Cholera in India, 1862 to 1881
Year: 1862
Disease focus: Cholera
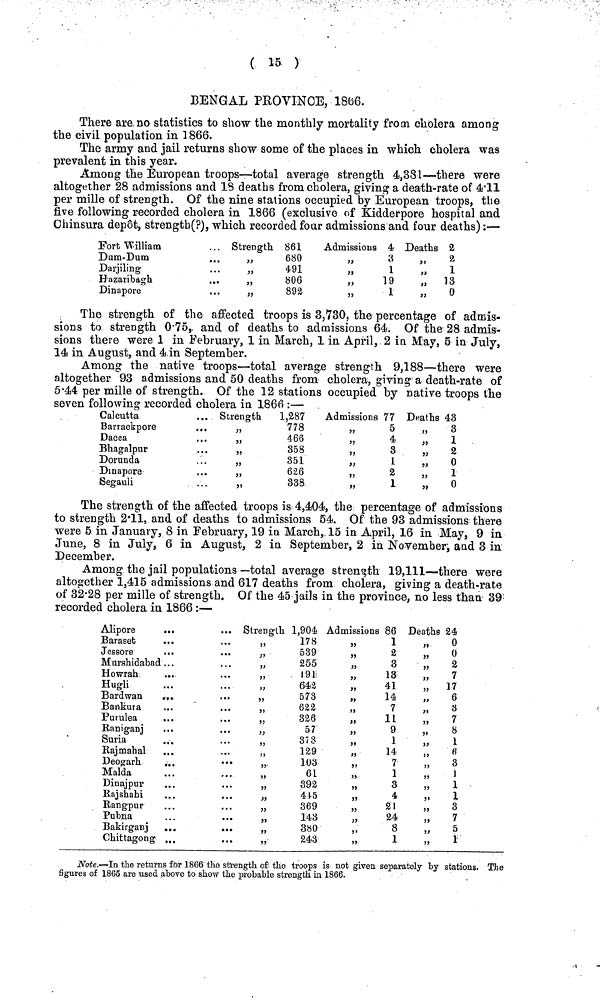
( 15 )
BENGAL PROVINCE, 1866.
There are no statistics to show the monthly mortality from cholera among
the civil population in 1866.
The army and jail returns show some of the places in which cholera was
prevalent in this year.
Among the European troops—total average strength 4,381—there were
altogether 28 admissions and 13 deaths from cholera, giving a death-rate of 4.11
per mille of strength. Of the nine stations occupied by European troops, the
five following recorded cholera in 1866 (exclusive of Kidderpore hospital and
Chinsura depot, strength(?), which recorded four admissions and four deaths) :—
Fort William
Dum-Dum
Darjiling
Hazaribagh
Dinapore
Strength 861
„
680
491
„
806
„
892
Admissions 4
3
1
19
1
Deaths 2
„
2
„
1
"
13
:
0
The strength of the affected troops is 3,730, the percentage of admis-
sions to strength 0.75, and of deaths to admissions 64. Of the 28 admis-
sions there were 1 in February, 1 in March, 1 in April, 2 in May, 5 in July,
14 in August, and 4 in September.
Among the native troops—-total average strength 9,188—there were
altogether 93 admissions and 50 deaths from cholera, giving a death-rate of
5.44 per mille of strength. Of the 12 stations occupied by native troops the
seven following recorded cholera in 1866 :—
Calcutta
Barrackpore
Dacca
Bhagalpur
Dorunda
Dinapore
Segauli
Strength
1,287
778
466
„
358
351
„
626
„
338
Admissions 77
5
4
3
1
2
1
Deaths 43
"
3
1
"
2
"
0
„ 1
" 0
The strength of the affected troops is 4,404, the percentage of admissions
to strength 2.11, and of deaths to admissions 54. Of the 93 admissions there
were 5 in January, 8 in February, 19 in March, 15 in April, 16 in May, 9 in
June, 8 in July, 6 in August, 2 in September, 2 in November, and 3 in.
December.
Among the jail populations —total average strength 19,111—there were
altogether 1,415 admissions and 617 deaths from cholera, giving a death-rate
of 32·28 per mille of strength. Of the 45 jails in the province, no less than 39
recorded cholera in 1866 :—
Alipore
Baraset
Jessore
...
Murshidabad ...
Howrah
Hugli
Bard wan
..
Bankura
Purulea
Raniganj
Suria
Rajmahal
Deogarh
Malda
Dinajpur
Rajshahi
Rangpur
Pubna
Bakirganj
Chittagong
Strength 1,904
178
539
255
191
642
573
622
326
57
373
129
103
61
392
445
„
369
143
„
380
243
Admissions 86
1
2
3
13
41
14
7
11
9
1
14
7
1
3
4
21
24
8
1
Deaths 24
„
0
„ 0
"
2
7
„
17
„
6
3
„
7
" 8
1
" 6
„
3
1
" 1
1
"
3
"
7
„
5
"
1
Note.—In the returns for 1866 the strength of the troops is not given separately by stations. The
figures of 1865 are used above to show the probable strength in 1866.